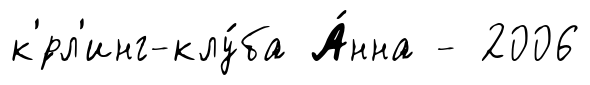
к'́рл'инг-клу́ба А́нна - 2006